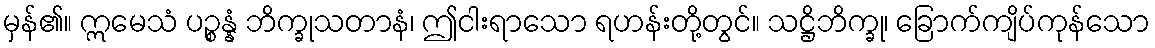
မှန်၏။ ဣမေသံ ပဉ္စန္နံ ဘိက္ခုသတာနံ၊ ဤငါးရာသော ရဟန်းတို့တွင်။ သဋ္ဌိဘိက္ခု၊ ခြောက်ကျိပ်ကုန်သော